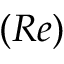
( R e )